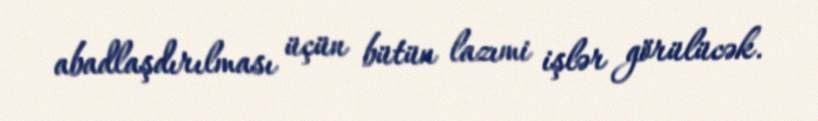
abadlaşdırılması üçün bütün lazımi işlər görülücək.